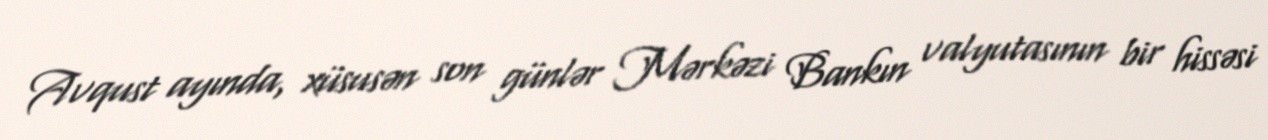
Avqust ayında, xüsusən son günlər Mərkəzi Bankın valyutasının bir hissəsi